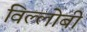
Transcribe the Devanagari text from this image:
विल्लोबी